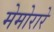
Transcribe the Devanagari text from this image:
मेमोरारे